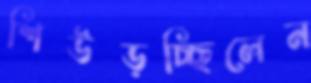
শিউড়চ্ছিলেন